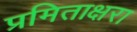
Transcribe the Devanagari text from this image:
प्रमिताक्षरा